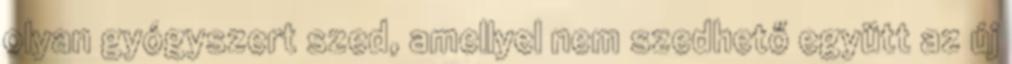
olyan gyógyszert szed, amellyel nem szedhető együtt az új